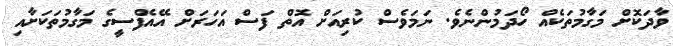
ވާދަކޮށް މަގާމުތަކެއް ހޯދަމުންނެވެ. ނަމަވެސް ކުރިއަށް އޮތް ފަސް އަހަރަށް އޭއެފްސީގެ މަގާމުތަކަށާއި